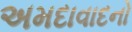
અમદાવાદનો